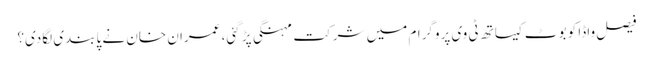
فیصل واڈا کو بوٹ کیساتھ ٹی وی پروگرام میں شرکت مہنگی پڑ گئی، عمران خان نے پابندی لگادی؟